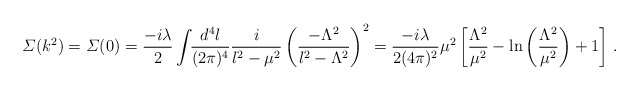
\begin{align*}{\mit \Sigma}(k^{2})={\mit \Sigma}(0)={-i\lambda\over2}\int\!\!{d^{4}l\over(2\pi)^{4}}{i\over l^{2}-\mu^{2}}\left(-\Lambda^{2}\over l^{2}-\Lambda^{2}\right)^{2}={-i\lambda\over2(4\pi)^{2}}\mu^{2}\left[{\Lambda^{2}\over\mu^{2}}-{\rm ln}\left({\Lambda^{2}\over\mu^{2}}\right)+1\right]\,.\end{align*}